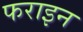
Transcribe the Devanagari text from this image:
फराइन